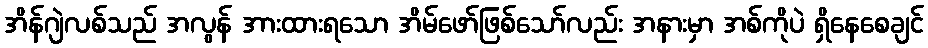
အိန်ဂျဲလစ်သည် အလွန် အားထားရသော အိမ်ဖော်ဖြစ်သော်လည်း အနားမှာ အစ်ကိုပဲ ရှိနေစေချင်